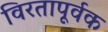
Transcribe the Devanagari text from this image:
विरतापूर्वक